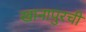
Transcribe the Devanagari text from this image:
खानापुरची